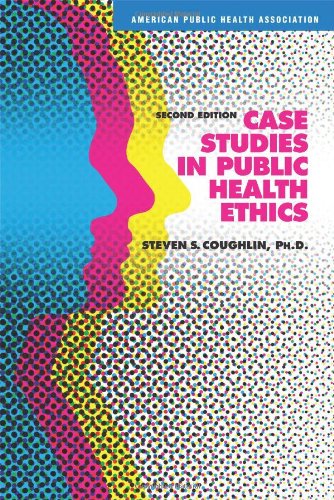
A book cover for Case Studies in Public Health Ethics; Steven S., Ph.D. Coughlin; Medical Books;